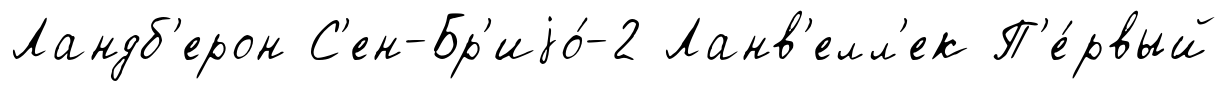
Ландб'ерон С'ен-Бр'иjо́-2 Ланв'елл'ек П'е́рвый